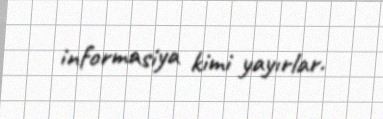
informasiya kimi yayırlar.